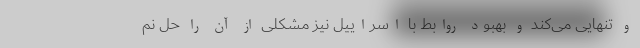
و تنهایی می‌کند و بهبود روابط با اسراییل نیز مشکلی از آن را حل نم